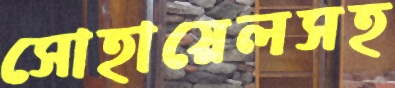
সোহায়েলসহ